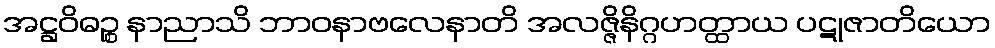
အဋ္ဌဝိဓဉ္စ နာညာသိ ဘာဝနာဗလေနာတိ အလဇ္ဇိနိဂ္ဂဟတ္ထာယ ပဋုဇာတိယော